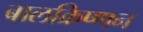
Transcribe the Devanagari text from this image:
बालक्रिष्णन